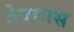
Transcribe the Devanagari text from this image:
तेक्सास